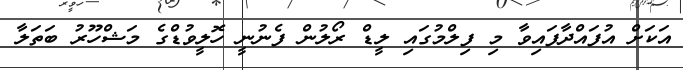
އަކަށް އުފައްދާފައިވާ މި ފިލްމުގައި ލީޑް ރޯލުން ފެނުނީ ހޮލީވުޑްގެ މަޝްހޫރު ބަތަލާ